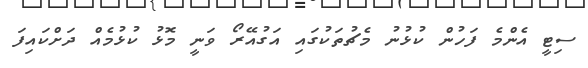
ސިޓީ އެންމެ ފަހުން ކުޅުނު މެޗުތަކުގައި އަގުއޭރޯ ވަނީ މޮޅު ކުޅުމެއް ދަށްކައިފަ